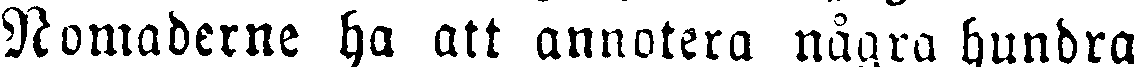
Nomaderne ha att annotera några hundra